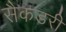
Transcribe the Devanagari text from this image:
सैकडरी